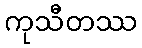
ကုသီတဿ